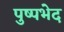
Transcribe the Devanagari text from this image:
पुष्पभेद